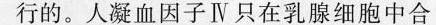
行的。人凝血因子Ⅳ只在乳腺细胞中合